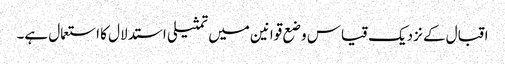
اقبال کے نزدیک قیاس وضع قوانین میں تمثیلی استدلال کا استعمال ہے۔